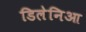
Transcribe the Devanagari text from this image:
डिलेनिआ